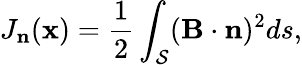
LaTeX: J_{\mathbf{n}}(\mathbf{x})=\frac{1}{2}\int_{\mathcal{S}}(\mathbf{B}\cdot\mathbf{n})^{2}ds,